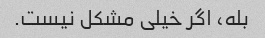
بله، اگر خیلی مشکل نیست.